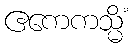
ဧကေကသ္မိံ